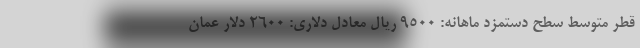
قطر متوسط سطح دستمزد ماهانه: ۹۵۰۰ ریال معادل دلاری: ۲۶۰۰ دلار عمان